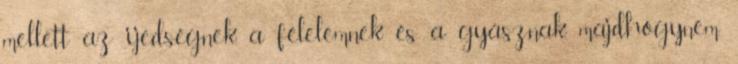
mellett az ijedségnek, a félelemnek és a gyásznak, majdhogynem